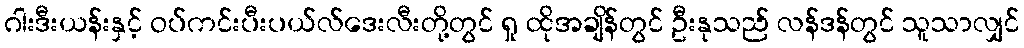
ဂါးဒီးယန်းနှင့် ဝပ်ကင်းပီးပယ်လ်ဒေးလီးတို့တွင် ရှု ထိုအချိန်တွင် ဦးနုသည် လန်ဒန်တွင် သူသာလျှင်